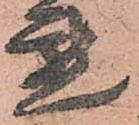
懇